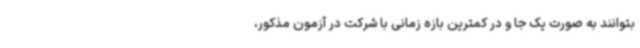
بتوانند به صورت یک جا و در کمترین بازه زمانی با شرکت در آزمون مذکور،